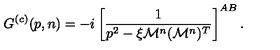
G ^ { ( c ) } ( p , n ) = - i \left[ \frac { 1 } { p ^ { 2 } - \xi \mathcal { M } ^ { n } ( \mathcal { M } ^ { n } ) ^ { T } } \right] ^ { A B } .